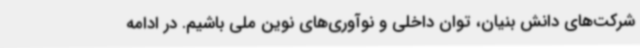
شرکت‌های دانش بنیان، توان داخلی و نوآوری‌های نوین ملی باشیم. در ادامه